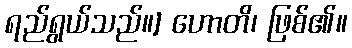
ရည်ရွယ်သည်။] ဟောတိ၊ ဖြစ်၏။